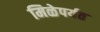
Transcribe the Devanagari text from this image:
मिळेपर्यत